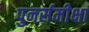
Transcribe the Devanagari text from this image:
पुनर्समीक्षा